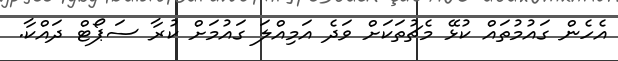
އެހެން ގައުމުތައް ކުޅޭ މެޗުތަކަށް ވަދެ އަމިއްލަ ގައުމަށް ކުރާ ސަޕޯޓް ދައްކާ.